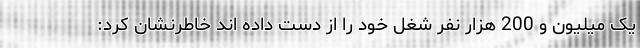
یک میلیون و 200 هزار نفر شغل خود را از دست داده اند خاطرنشان کرد: